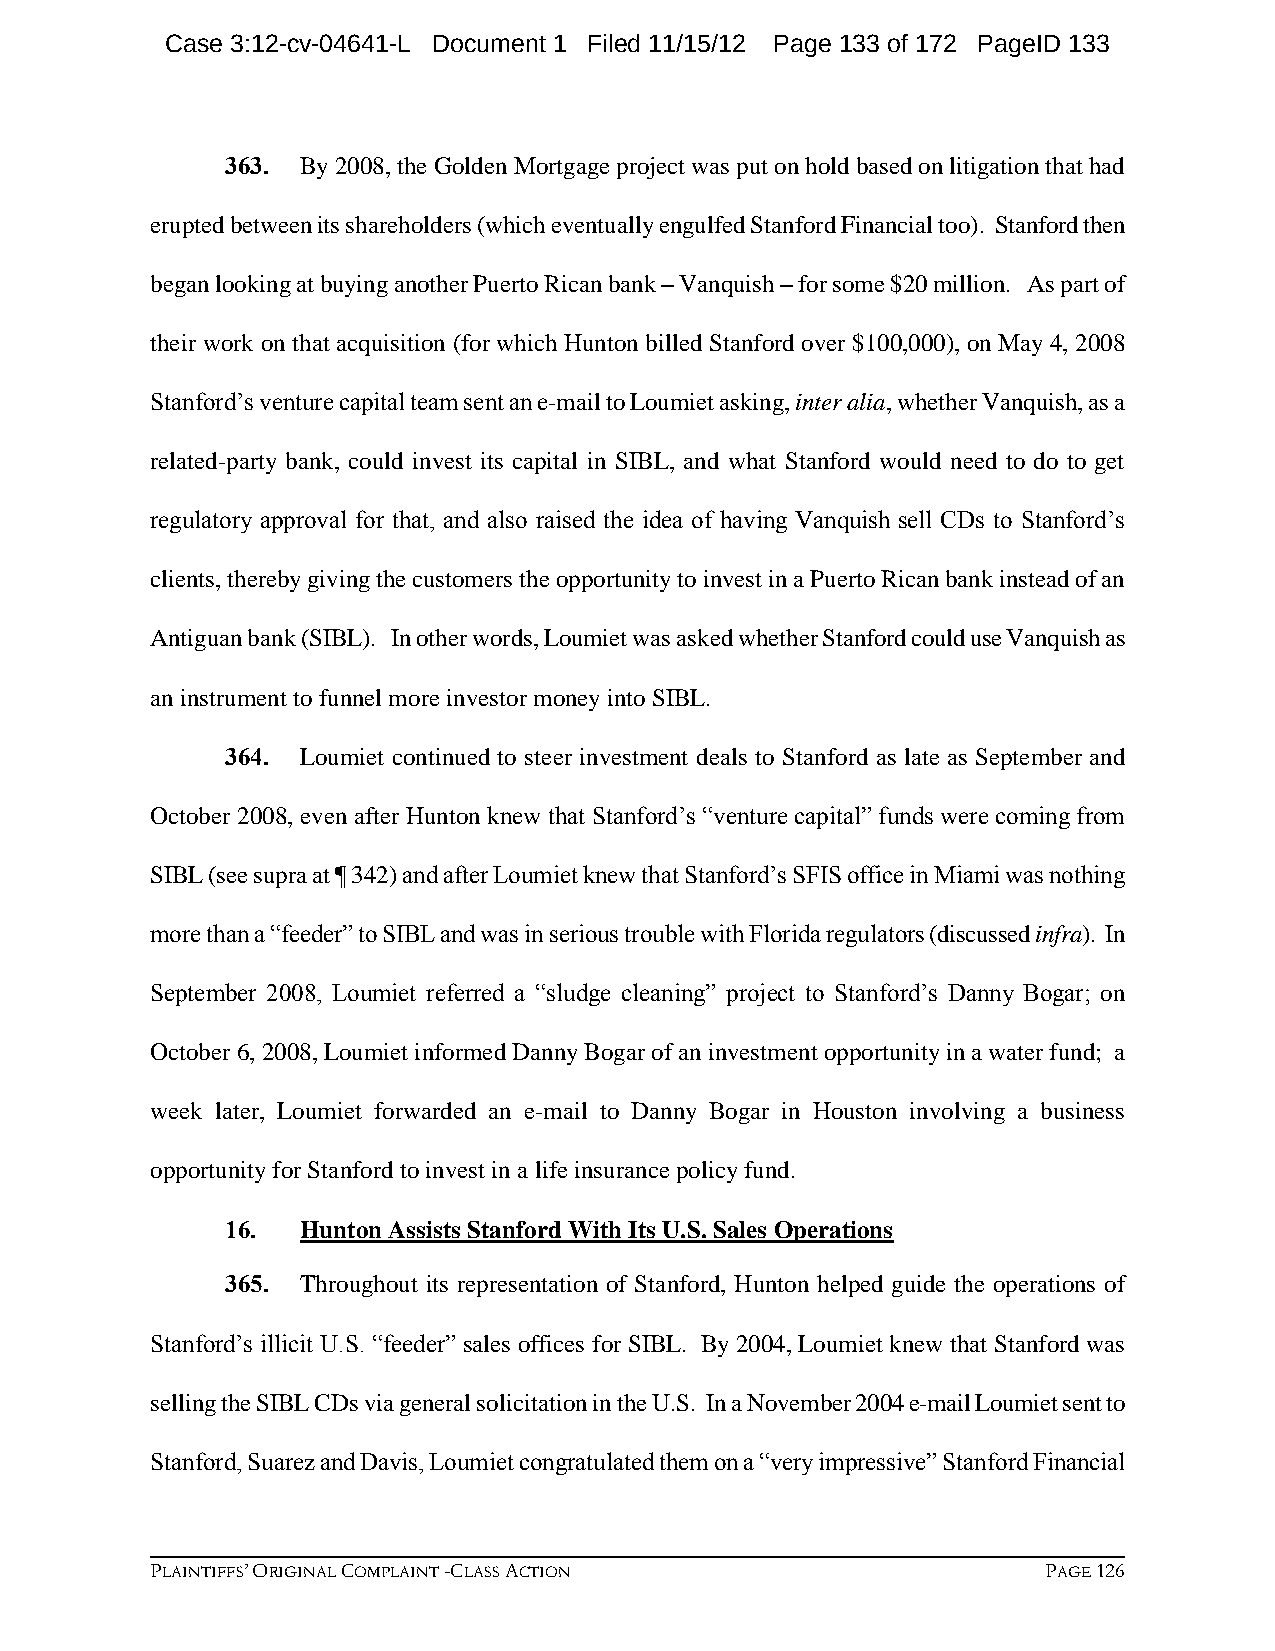
Case 3:12-cv-04641-L Document 1 Filed 11/15/12 Page 133 of 172 PageID 133
 363. By 2008, the Golden Mortgage project was put on hold based on litigation that had
 erupted between its shareholders (which eventually engulfed Stanford Financial too). Stanford then
 began looking at buying another Puerto Rican bank – Vanquish – for some $20 million. As part of
 their work on that acquisition (for which Hunton billed Stanford over $100,000), on May 4, 2008
 Stanford’s venture capital team sent an e-mail to Loumiet asking, inter alia, whether Vanquish, as a
 related-party bank, could invest its capital in SIBL, and what Stanford would need to do to get
 regulatory approval for that, and also raised the idea of having Vanquish sell CDs to Stanford’s
 clients, thereby giving the customers the opportunity to invest in a Puerto Rican bank instead of an
 Antiguan bank (SIBL). In other words, Loumiet was asked whether Stanford could use Vanquish as
 an instrument to funnel more investor money into SIBL.
 364. Loumiet continued to steer investment deals to Stanford as late as September and
 October 2008, even after Hunton knew that Stanford’s “venture capital” funds were coming from
 SIBL (see supra at ¶ 342) and after Loumiet knew that Stanford’s SFIS office in Miami was nothing
 more than a “feeder” to SIBL and was in serious trouble with Florida regulators (discussed infra). In
 September 2008, Loumiet referred a “sludge cleaning” project to Stanford’s Danny Bogar; on
 October 6, 2008, Loumiet informed Danny Bogar of an investment opportunity in a water fund; a
 week later, Loumiet forwarded an e-mail to Danny Bogar in Houston involving a business
 opportunity for Stanford to invest in a life insurance policy fund.
 16.  Hunton Assists Stanford With Its U.S. Sales Operations
 365. Throughout its representation of Stanford, Hunton helped guide the operations of
 Stanford’s illicit U.S. “feeder” sales offices for SIBL. By 2004, Loumiet knew that Stanford was
 selling the SIBL CDs via general solicitation in the U.S. In a November 2004 e-mail Loumiet sent to
 Stanford, Suarez and Davis, Loumiet congratulated them on a “very impressive” Stanford Financial
 PLAINTIFFS’ ORIGINAL COMPLAINT -CLASS ACTION               PAGE 126